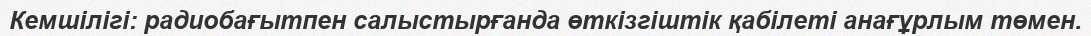
Кемшілігі: радиобағытпен салыстырғанда өткізгіштік қабілеті анағұрлым төмен.